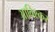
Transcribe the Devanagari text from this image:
आविस्कर